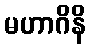
မဟာဂိနိ